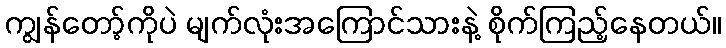
ကျွန်တော့်ကိုပဲ မျက်လုံးအကြောင်သားနဲ့ စိုက်ကြည့်နေတယ်။